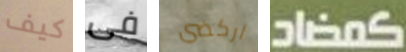
كيف فى اركضي كمضاد